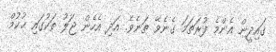
ޤައިދީން އެންމެ ފުރަތަމަ ގެނެވޭ ތަނެވެ. އަދި އެހެން ޖަލު ތަކުގައި ޙުކުމް